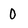
Character: 0